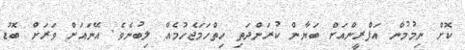
ކޮށް ނިމުމުން އަފްރީންއަށް ބަޔާން ކުރަންދަތި ހިތްހަމަޖެހުމެއް ލިބުނެވެ. އޭނައަށް ވަރަށް ބޮޑު